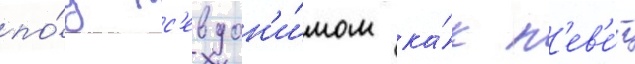
по́д пс'евдон'и́мом ка́к п'ев'е́ц